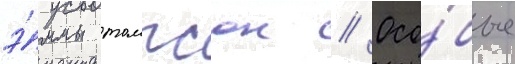
э́ммы томпсон // Осо́бые